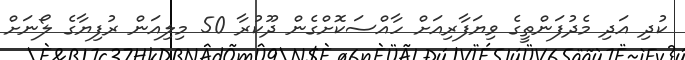
ކުދި އަދި މެދުފަންތީގެ ވިޔަފާރިއަށް ހާއްސަކޮށްގެން ދޫކުރާ 50 މިލިއަން ރުފިޔާގެ ލޯނަށް